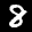
Label: 8